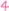
Text: 4